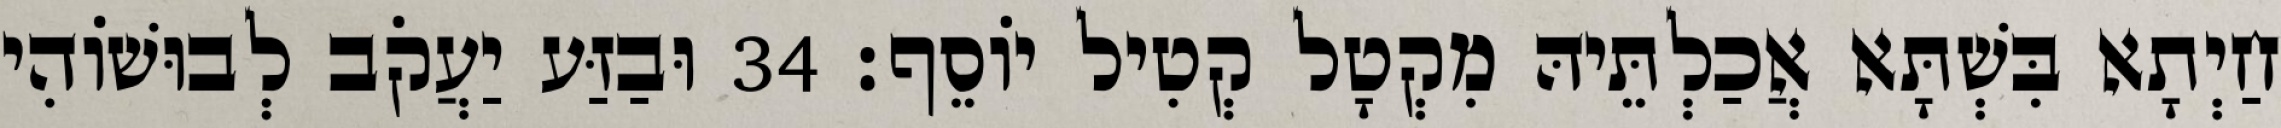
חַיְתָא בִּשְׁתָּא אֲכַלְתֵּיהּ מִקְטָל קְטִיל יוֹסֵף׃ 34 וּבַזַּע יַעֲקֹב לְבוּשׁוֹהִי